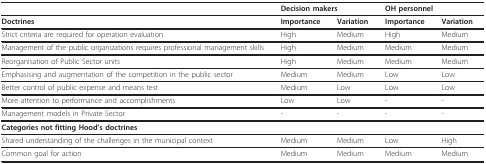
<table><thead><tr><td></td><td colspan="2"><b>Decision makers</b></td><td colspan="2"><b>OH personnel</b></td></tr></thead><tbody><tr><td><b>Doctrines</b></td><td><b>Importance</b></td><td><b>Variation</b></td><td><b>Importance</b></td><td><b>Variation</b></td></tr><tr><td>Strict criteria are required for operation evaluation</td><td>High</td><td>Medium</td><td>High</td><td>Medium</td></tr><tr><td>Management of the public organizations requires professional management skills</td><td>High</td><td>Medium</td><td>Medium</td><td>Medium</td></tr><tr><td>Reorganisation of Public Sector units</td><td>High</td><td>Medium</td><td>Medium</td><td>Medium</td></tr><tr><td>Emphasising and augmentation of the competition in the public sector</td><td>Medium</td><td>Medium</td><td>Low</td><td>Low</td></tr><tr><td>Better control of public expense and means test</td><td>Medium</td><td>Low</td><td>Low</td><td>Low</td></tr><tr><td>More attention to performance and accomplishments</td><td>Low</td><td>Low</td><td>-</td><td>-</td></tr><tr><td>Management models in Private Sector</td><td>-</td><td>-</td><td>-</td><td>-</td></tr><tr><td><b>Categories not fitting Hood&#x27;s doctrines</b></td><td></td><td></td><td></td><td></td></tr><tr><td>Shared understanding of the challenges in the municipal context</td><td>Medium</td><td>Medium</td><td>Low</td><td>High</td></tr><tr><td>Common goal for action</td><td>Medium</td><td>Medium</td><td>Medium</td><td>Medium</td></tr></tbody></table>